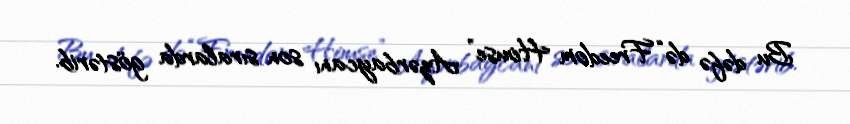
Bu dəfə də “Freedom House” Azərbaycanı son sıralarda göstərib.